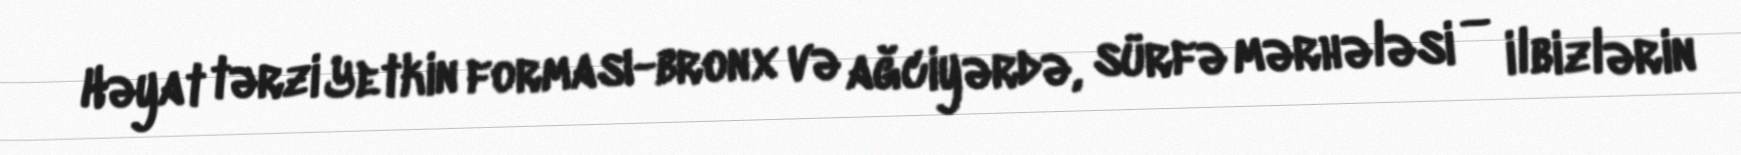
Həyat tərzi Yetkin forması-bronx və ağciyərdə, sürfə mərhələsi — ilbizlərin